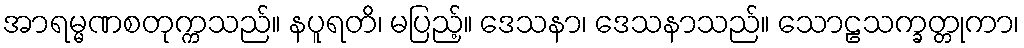
အာရမ္မဏစတုက္ကသည်။ နပူရတိ၊ မပြည့်။ ဒေသနာ၊ ဒေသနာသည်။ သောဠသက္ခတ္တုကာ၊